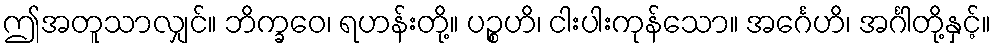
ဤအတူသာလျှင်။ ဘိက္ခဝေ၊ ရဟန်းတို့။ ပဉ္စဟိ၊ ငါးပါးကုန်သော။ အင်္ဂေဟိ၊ အင်္ဂါတို့နှင့်။